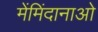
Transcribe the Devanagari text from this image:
मेंमिंदानाओ